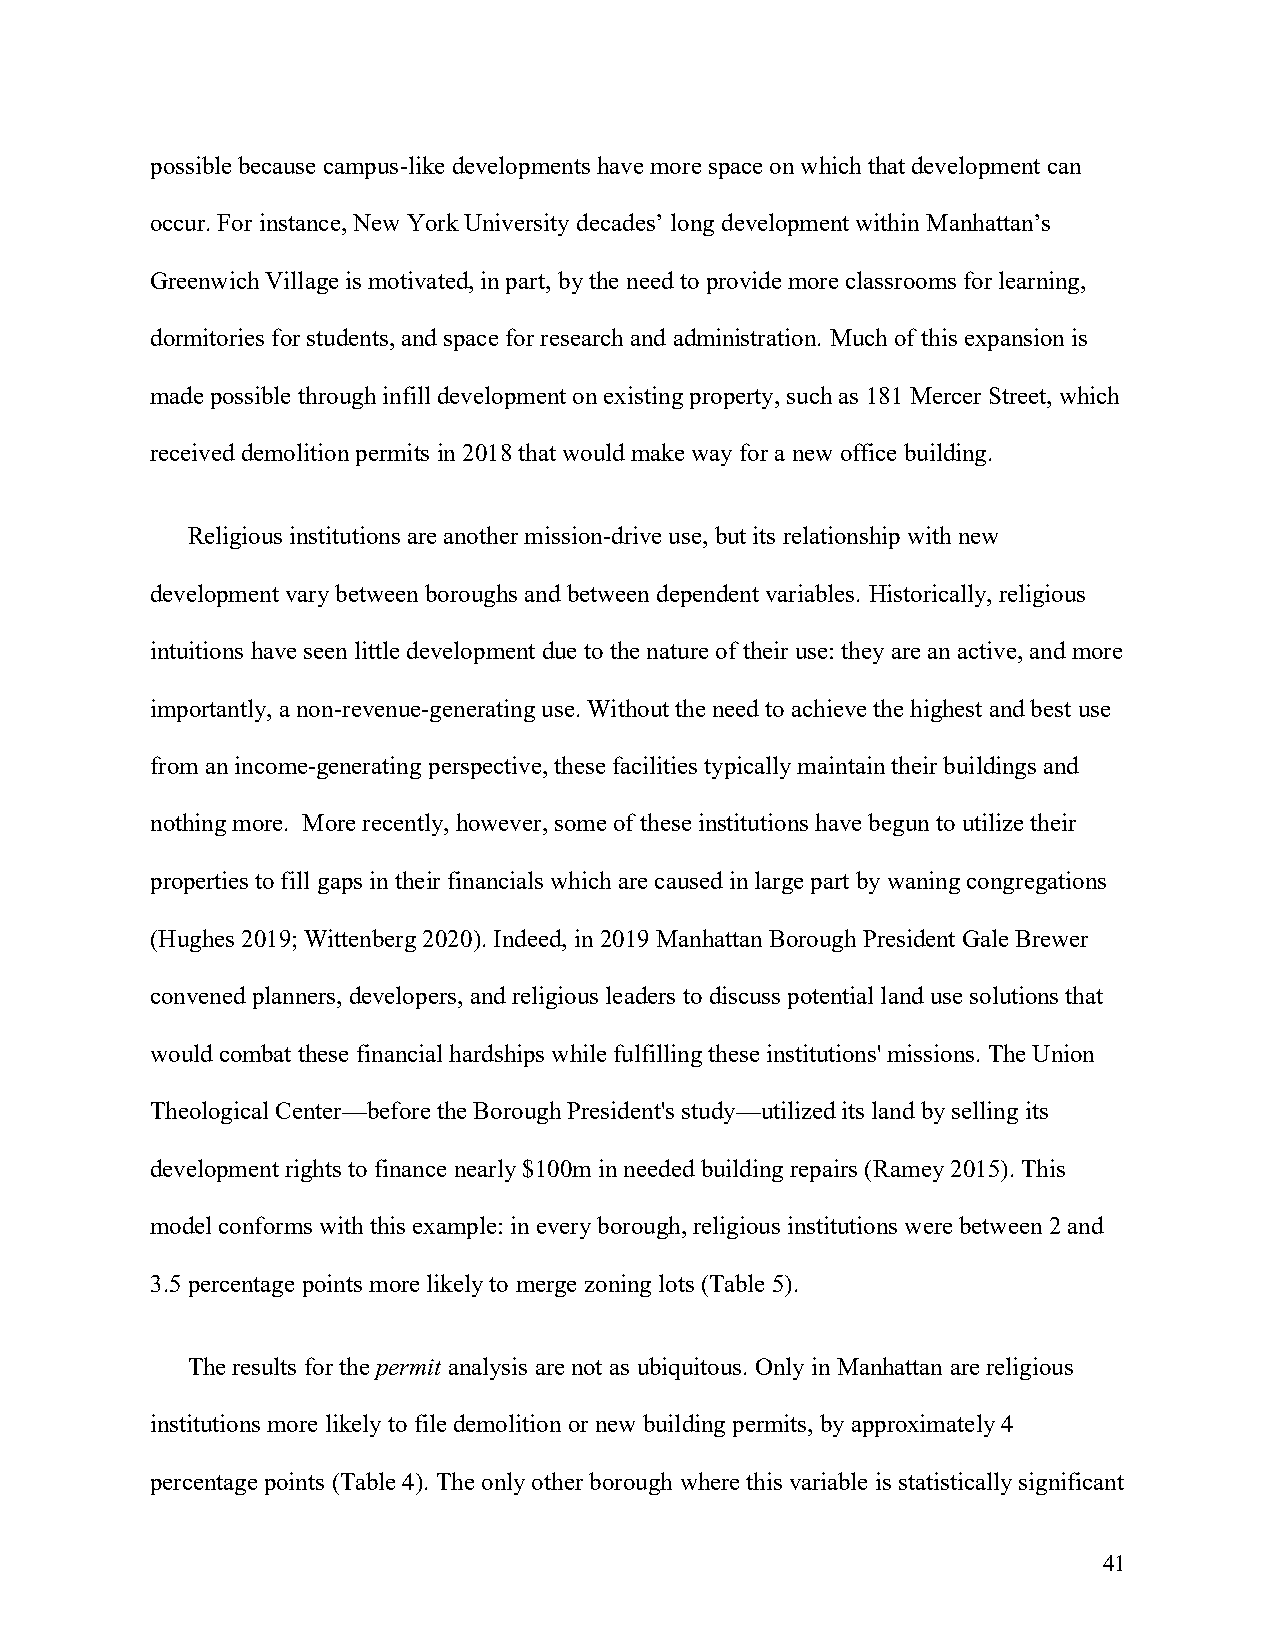
possible because campus-like developments have more space on which that development can
 occur. For instance, New York University decades’ long development within Manhattan’s
 Greenwich Village is motivated, in part, by the need to provide more classrooms for learning,
 dormitories for students, and space for research and administration. Much of this expansion is
 made possible through infill development on existing property, such as 181 Mercer Street, which
 received demolition permits in 2018 that would make way for a new office building.
 Religious institutions are another mission-drive use, but its relationship with new
 development vary between boroughs and between dependent variables. Historically, religious
 intuitions have seen little development due to the nature of their use: they are an active, and more
 importantly, a non-revenue-generating use. Without the need to achieve the highest and best use
 from an income-generating perspective, these facilities typically maintain their buildings and
 nothing more. More recently, however, some of these institutions have begun to utilize their
 properties to fill gaps in their financials which are caused in large part by waning congregations
 (Hughes 2019; Wittenberg 2020). Indeed, in 2019 Manhattan Borough President Gale Brewer
 convened planners, developers, and religious leaders to discuss potential land use solutions that
 would combat these financial hardships while fulfilling these institutions' missions. The Union
 Theological Center—before the Borough President's study—utilized its land by selling its
 development rights to finance nearly $100m in needed building repairs (Ramey 2015). This
 model conforms with this example: in every borough, religious institutions were between 2 and
 3.5 percentage points more likely to merge zoning lots (Table 5).
 The results for the permit analysis are not as ubiquitous. Only in Manhattan are religious
 institutions more likely to file demolition or new building permits, by approximately 4
 percentage points (Table 4). The only other borough where this variable is statistically significant
 41